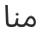
منا